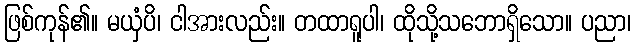
ဖြစ်ကုန်၏။ မယှံပိ၊ ငါအားလည်း။ တထာရူပါ၊ ထိုသို့သဘောရှိသော။ ပညာ၊